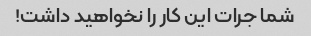
شما جرات این کار را نخواهید داشت!